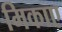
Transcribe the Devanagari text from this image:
मिकाए